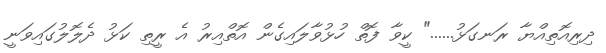
ދިރިއޮތިއްޔާ ރަނގަޅު......" ކީވާ ފޮތް ހުޅުވާލައިގެން އޮތްއިރު އެ ރީތި ކަޅު ދެލޮލުގައިވަނީ